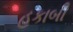
હકાબી